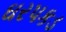
ઘરપકડ